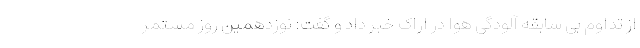
از تداوم بی سابقه آلودگی هوا در اراک خبر داد و گفت: نوزدهمین روز مستمر